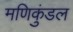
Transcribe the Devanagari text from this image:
मणिकुंडल